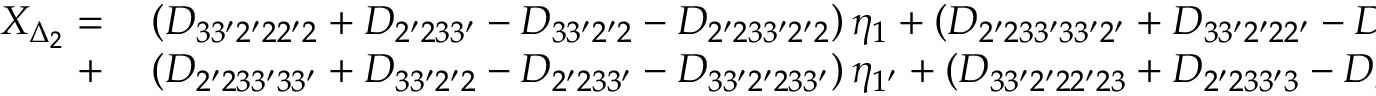
\begin{array} { r l } { X _ { \Delta _ { 2 } } = } & { { } \left( { { D _ { 3 3 ^ { \prime } 2 ^ { \prime } 2 2 ^ { \prime } 2 } } + { D _ { 2 ^ { \prime } 2 3 3 ^ { \prime } } } - { D _ { 3 3 ^ { \prime } 2 ^ { \prime } 2 } } - { D _ { 2 ^ { \prime } 2 3 3 ^ { \prime } 2 ^ { \prime } 2 } } } \right) { \eta _ { 1 } } + \left( { { D _ { 2 ^ { \prime } 2 3 3 ^ { \prime } 3 3 ^ { \prime } 2 ^ { \prime } } } + { D _ { 3 3 ^ { \prime } 2 ^ { \prime } 2 2 ^ { \prime } } } - { D _ { 2 ^ { \prime } 2 3 3 ^ { \prime } 2 ^ { \prime } } } - { D _ { 3 3 ^ { \prime } 2 ^ { \prime } 2 3 3 ^ { \prime } 2 ^ { \prime } } } } \right) { \eta _ { 3 } } } \\ { + } & { { } \left( { { D _ { 2 ^ { \prime } 2 3 3 ^ { \prime } 3 3 ^ { \prime } } } + { D _ { 3 3 ^ { \prime } 2 ^ { \prime } 2 } } - { D _ { 2 ^ { \prime } 2 3 3 ^ { \prime } } } - { D _ { 3 3 ^ { \prime } 2 ^ { \prime } 2 3 3 ^ { \prime } } } } \right) { \eta _ { 1 ^ { \prime } } } + \left( { { D _ { 3 3 ^ { \prime } 2 ^ { \prime } 2 2 ^ { \prime } 2 3 } } + { D _ { 2 ^ { \prime } 2 3 3 ^ { \prime } 3 } } - { D _ { 3 3 ^ { \prime } 2 ^ { \prime } 2 3 } } - { D _ { 2 ^ { \prime } 2 3 3 ^ { \prime } 2 ^ { \prime } 2 3 } } } \right) { \eta _ { 2 ^ { \prime } } } . } \end{array}